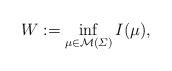
LaTeX: \begin{align*}W := \inf_{\mu \in \mathcal{M}(\varSigma)} I(\mu),\end{align*}